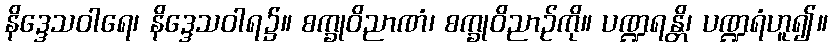
နိဒ္ဒေသဝါရေ၊ နိဒ္ဒေသဝါရ၌။ စက္ခုဝိညာဏံ၊ စက္ခုဝိညာဉ်ကို။ ပဏ္ဍရန္တိ၊ ပဏ္ဍရံဟူ၍။